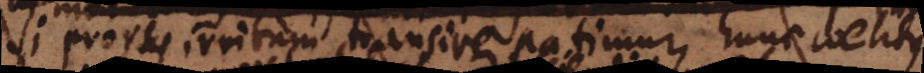
si prorsus irritum transire patimur, hunc coelibus